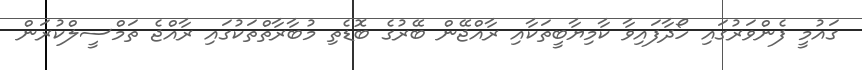
ގައުމީ ފެންވަރުގައި ހޯދާފައިވާ ކާމިޔާބީތަކާއި ރާއްޖޭން ބޭރުގެ ބޮޑެތި މުބާރާތްތަކުގައި ރާއްޖެ ތަމްސީލްކުރަން